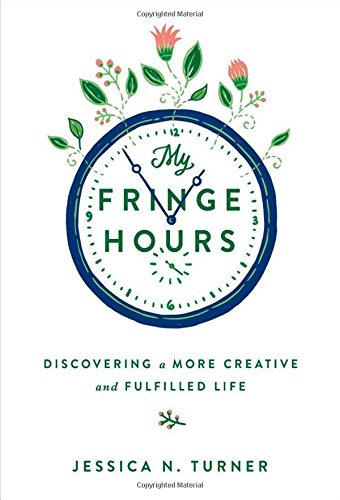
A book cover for My Fringe Hours: Discovering a More Creative and Fulfilled Life; Jessica N. Turner; Self-Help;